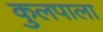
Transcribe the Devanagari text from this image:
कुलपाला